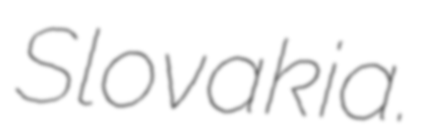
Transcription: Slovakia.